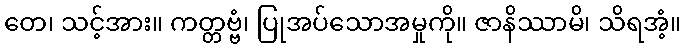
တေ၊ သင့်အား။ ကတ္တဗ္ဗံ၊ ပြုအပ်သောအမှုကို။ ဇာနိဿာမိ၊ သိရအံ့။